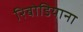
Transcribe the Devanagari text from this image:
रिबोडियाना